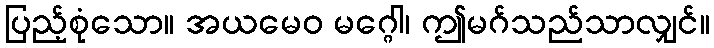
ပြည့်စုံသော။ အယမေဝ မဂ္ဂေါ၊ ဤမဂ်သည်သာလျှင်။